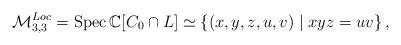
LaTeX: \begin{align*}\mathcal{M}_{3,3}^{Loc}=\mathrm{Spec}\,\mathbb{C}[C_{0}\cap L]\simeq\left\{ (x,y,z,u,v)\mid xyz=uv\right\} ,\end{align*}